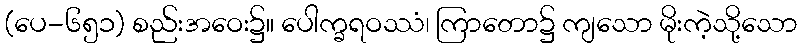
(ပေ-၆၅၁) စည်းအဝေး၌။ ပေါက္ခရဝဿံ၊ ကြာတော၌ ကျသော မိုးကဲ့သို့သော